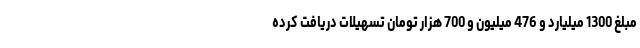
مبلغ 1300 میلیارد و 476 میلیون و 700 هزار تومان تسهیلات دریافت کرده